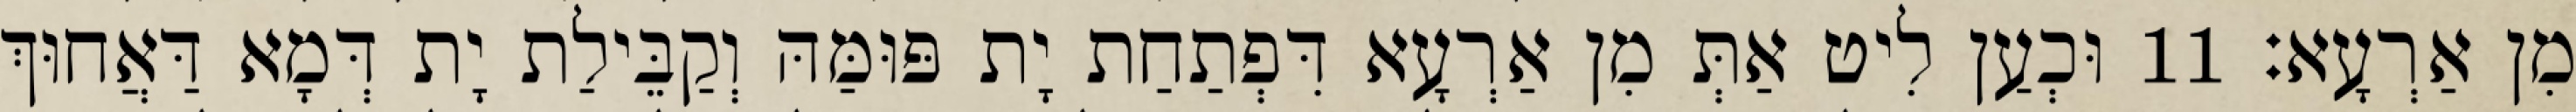
מִן אַרְעָא׃ 11 וּכְעַן לִיט אַתְּ מִן אַרְעָא דִּפְתַחַת יָת פּוּמַּהּ וְקַבֵּילַת יָת דְּמָא דַּאֲחוּךְ